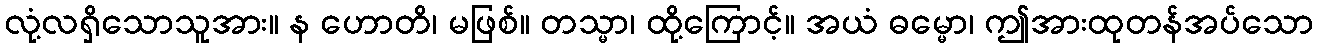
လုံ့လရှိသောသူအား။ န ဟောတိ၊ မဖြစ်။ တသ္မာ၊ ထို့ကြောင့်။ အယံ ဓမ္မော၊ ဤအားထုတန်အပ်သော